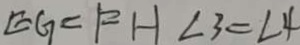
E G = F H \angle 3 = \angle 4